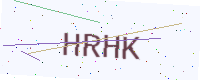
Text: HRHK